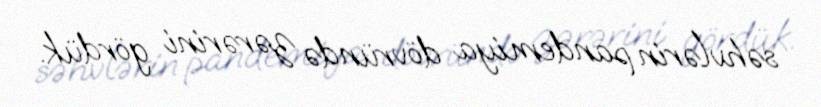
səhvlərin pandemiya dövründə zərərini gördük.